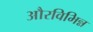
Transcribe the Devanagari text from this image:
औरविभिन्न